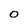
Character: 0